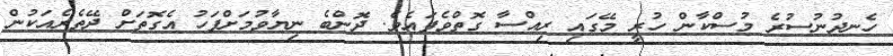
ހެނދުނުސުރެ މުސްކާން ހުރީ މޭގައި ރިއްސާ ގޮތްވެފައެވެ. ދޮންބެ ނިޔާވުމަށްފަހު އެގޮތަށް ދޭތެރެއަކުން